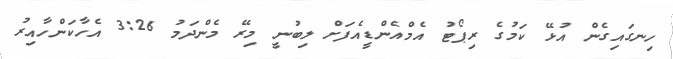
ހިނގައިގެން އުޅޭ ކަމުގެ ރިޕޯޓު އެމްއެންޑީއެފަށް ލިބުނީ މިރޭ މެންދަމު 3:26 އެހާކަންހާއިރު